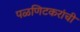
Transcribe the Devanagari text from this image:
पळणिटकरांची